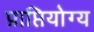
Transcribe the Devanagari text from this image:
प्राप्तियोग्य